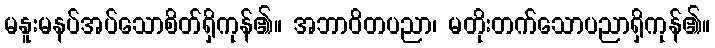
မနူးမနပ်အပ်သောစိတ်ရှိကုန်၏။ အဘာဝိတပညာ၊ မတိုးတက်သောပညာရှိကုန်၏။